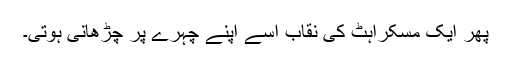
پھر ایک مسکراہٹ کی نقاب اسے اپنے چہرے پر چڑھانی ہوتی۔